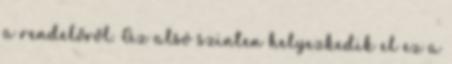
a rendelőről. Az alsó szinten helyezkedik el ez a